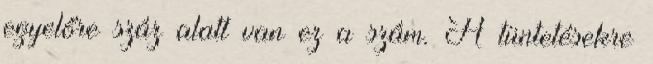
egyelőre száz alatt van ez a szám. A tüntetésekre